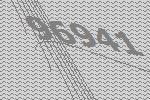
96941